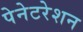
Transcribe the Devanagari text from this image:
पेनेटरेशन